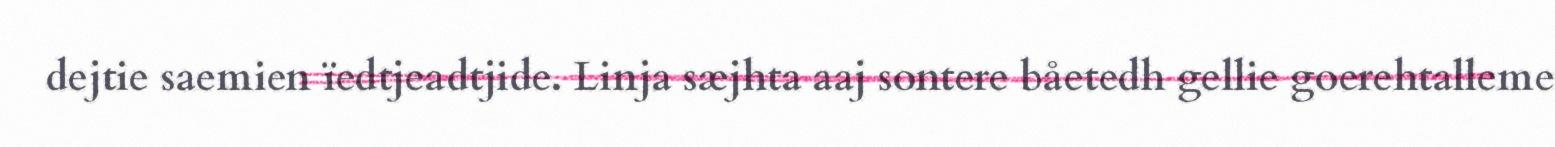
dejtie saemien ïedtjeadtjide. Linja sæjhta aaj sontere båetedh gellie goerehtalleme